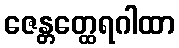
ဇေန္တတ္ထေရဂါထာ